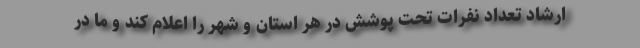
ارشاد تعداد نفرات تحت پوشش در هر استان و شهر را اعلام کند و ما در